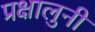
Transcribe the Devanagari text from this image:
प्रक्षालुनी